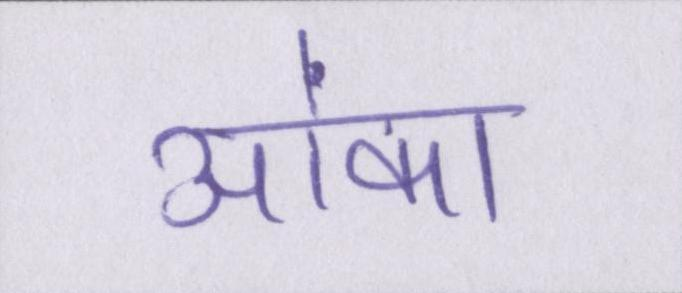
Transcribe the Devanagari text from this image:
आंका